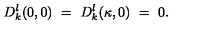
D _ { k } ^ { l } ( 0 , 0 ) \ = \ D _ { k } ^ { l } ( \kappa , 0 ) \ = \ 0 .